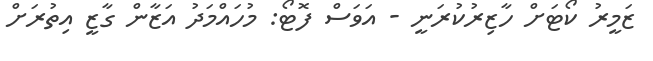
ޒަމީރު ކޯޓަށް ހާޒިރުކުރަނީ - އަވަސް ފޮޓޯ: މުހައްމަދު އަޒާން ގާޒީ އިތުރަށް